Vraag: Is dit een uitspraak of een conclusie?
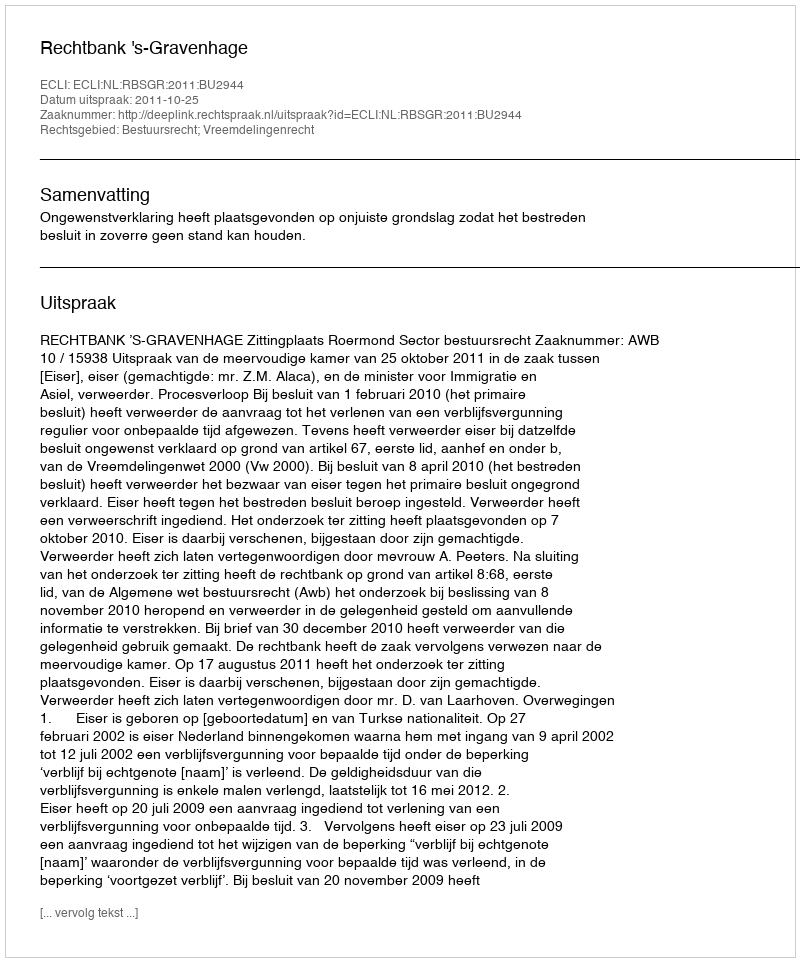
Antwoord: Uitspraak